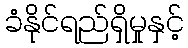
ခံနိုင်ရည်ရှိမှုနှင့်